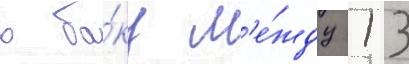
в ба́ку м'е́жду 13